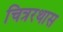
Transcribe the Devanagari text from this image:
चित्ररथास